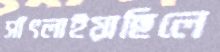
সাঁৎলাইয়াছিলে